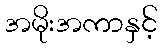
အမိုးအကာနှင့်